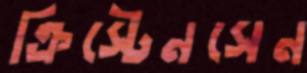
ক্রিস্টেনসেন